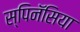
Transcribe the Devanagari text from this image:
स्पिनॅसिया